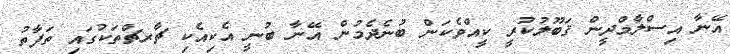
އޭނާ އިސްލާމްދީން ޤަބޫލުކުރީ ކީއްވެކަން ބުނެދެމުން އޭނާ ބުނީ އެކިއެކި ޗާރޗްތަކުގައި ތަފާތު